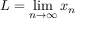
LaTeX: L = \operatorname* { l i m } _ { n \to \infty } x _ { n }